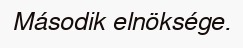
Második elnöksége.